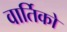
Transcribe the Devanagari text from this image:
वार्तिको